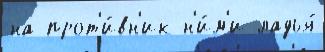
на прот'и́вн'ик н'и́м'и ладья́